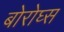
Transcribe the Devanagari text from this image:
बोरोघ्स